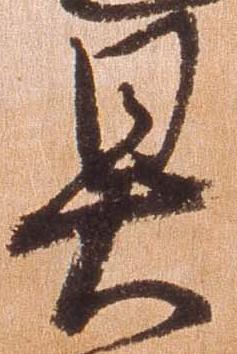
具